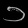
Digit: ၁